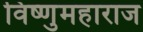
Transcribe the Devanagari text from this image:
विष्णुमहाराज